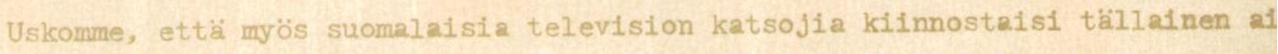
Uskomme, että myös suomalaisia television katsojia kiinnostaisi tällainen ai